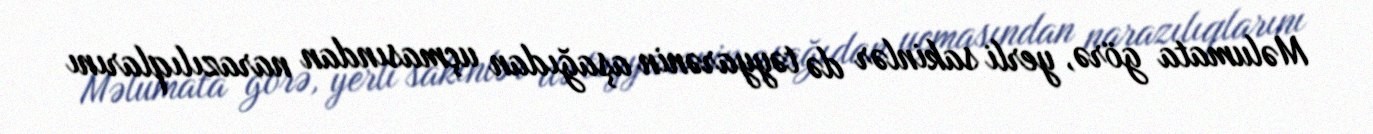
Məlumata görə, yerli sakinlər də təyyarənin aşağıdan uçmasından narazılıqlarını